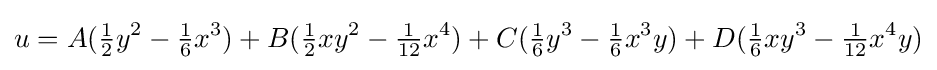
u=A({\tfrac {1}{2}}y^{2}-{\tfrac {1}{6}}x^{3})+B({\tfrac {1}{2}}xy^{2}-{\tfrac {1}{12}}x^{4})+C({\tfrac {1}{6}}y^{3}-{\tfrac {1}{6}}x^{3}y)+D({\tfrac {1}{6}}xy^{3}-{\tfrac {1}{12}}x^{4}y)